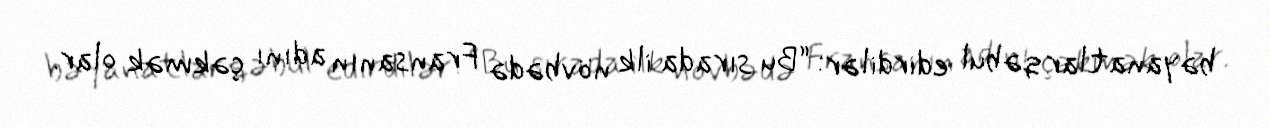
bəyanatlar qəbul edirdilər: “Bu sırada ilk növbədə Fransanın adını çəkmək olar.